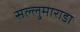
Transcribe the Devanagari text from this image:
सल्लुमाराडा